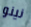
نينو